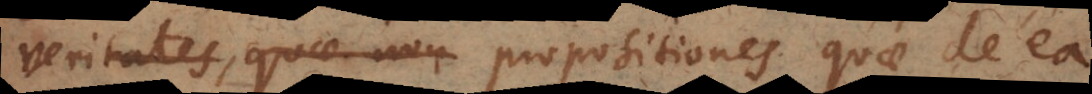
veritates, quae non propositiones quae de ea